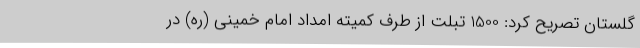
گلستان تصریح کرد: 1500 تبلت از طرف کمیته امداد امام خمینی (ره) در